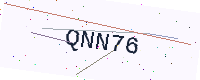
Text: QNN76